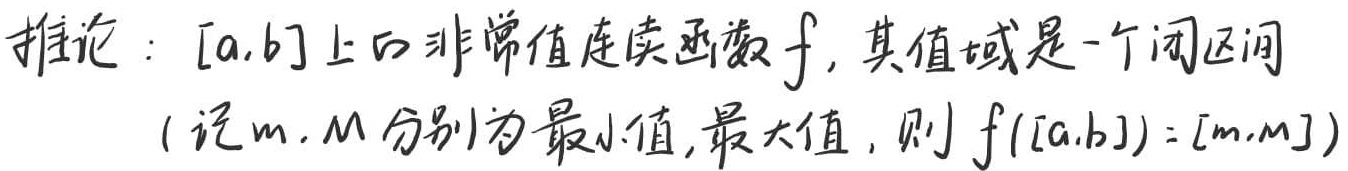
推论：\([a,b]\) 上的非常值连续函数 \(f\)，其值域是一个闭区间（记 \(m,M\) 分别为最小值、最大值，则 \(f([a,b]) = [m,M]\)）。